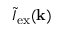
\tilde { I } _ { \mathrm { e x } } ( \mathbf { k } )